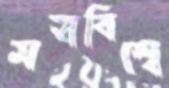
মহাবিশ্বে